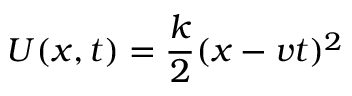
U ( x , t ) = \frac k 2 ( x - v t ) ^ { 2 }